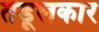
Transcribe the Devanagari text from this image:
तेंडूलकार